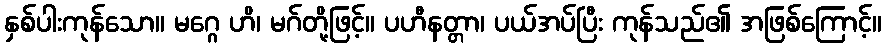
နှစ်ပါးကုန်သော။ မဂ္ဂေ ဟိ၊ မဂ်တို့ဖြင့်။ ပဟီနတ္တာ၊ ပယ်အပ်ပြီး ကုန်သည်၏ အဖြစ်ကြောင့်။